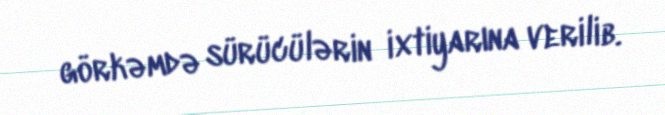
görkəmdə sürücülərin ixtiyarına verilib.